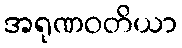
အရုဏဝတိယာ